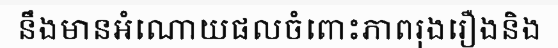
នឹងមានអំណោយផលចំពោះភាពរុងរឿងនិង